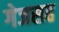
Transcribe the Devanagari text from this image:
गेजसह